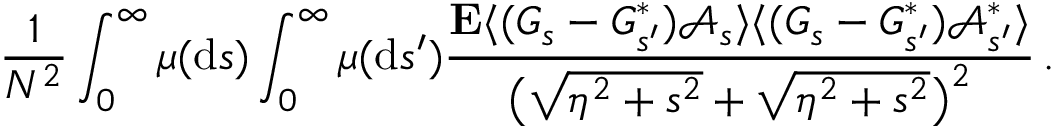
\frac { 1 } { N ^ { 2 } } \int _ { 0 } ^ { \infty } \mu ( \mathrm { d } s ) \int _ { 0 } ^ { \infty } \mu ( \mathrm { d } s ^ { \prime } ) \frac { \mathbf { E } \langle ( G _ { s } - G _ { s ^ { \prime } } ^ { * } ) \mathcal { A } _ { s } \rangle \langle ( G _ { s } - G _ { s ^ { \prime } } ^ { * } ) \mathcal { A } _ { s ^ { \prime } } ^ { * } \rangle } { \big ( \sqrt { \eta ^ { 2 } + s ^ { 2 } } + \sqrt { \eta ^ { 2 } + s ^ { 2 } } \big ) ^ { 2 } } \, .